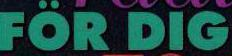
FÖR DIG